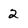
Character: 2